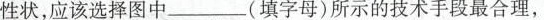
性状，应该选择图中_(填字母)所示的技术手段最合理，